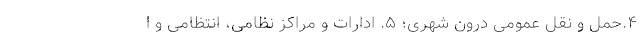
۴.حمل و نقل عمومی درون شهری؛ ۵. ادارات و مراکز نظامی، انتظامی و ا